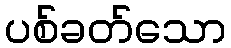
ပစ်ခတ်သော